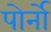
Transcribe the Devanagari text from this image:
पोर्नो